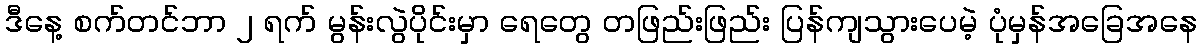
ဒီနေ့ စက်တင်ဘာ ၂ ရက် မွန်းလွဲပိုင်းမှာ ရေတွေ တဖြည်းဖြည်း ပြန်ကျသွားပေမဲ့ ပုံမှန်အခြေအနေ